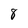
Character: 8